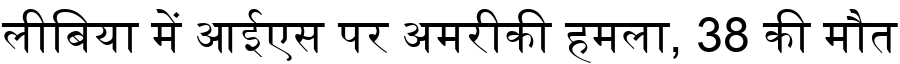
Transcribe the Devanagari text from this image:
लीबिया में आईएस पर अमरीकी हमला, 38 की मौत